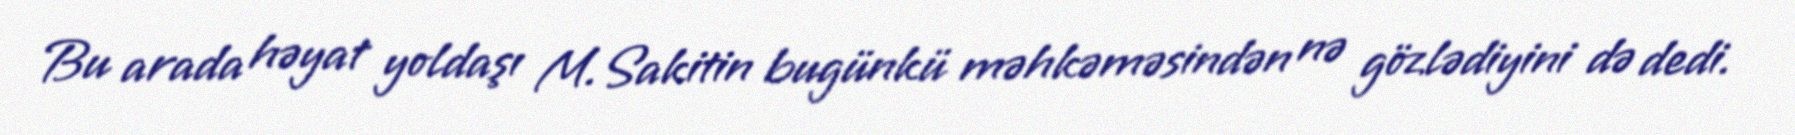
Bu arada həyat yoldaşı M.Sakitin bugünkü məhkəməsindən nə gözlədiyini də dedi.